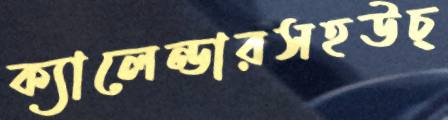
ক্যালেন্ডারসহউচ্